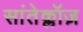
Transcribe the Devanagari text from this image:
सांतेक्लॉज़